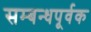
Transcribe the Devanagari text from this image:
सम्बन्धपूर्वक